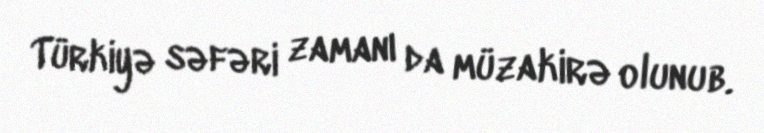
Türkiyə səfəri zamanı da müzakirə olunub.